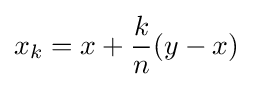
x_{k}=x+{\frac {k}{n}}(y-x)